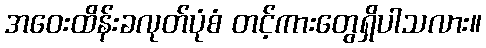
အဝေးထိန်းခလုတ်ပုံစံ တင့်ကားတွေရှိပါသလား။